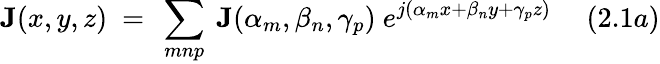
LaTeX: \mathbf{J}(x,y,z)~=~\sum_{mnp}~\mathbf{J}(\alpha_{m},\beta_{n},\gamma_{p})~e^{j(\alpha_{m}x+\beta_{n}y+\gamma_{p}z)}~~~~~(2.1a)